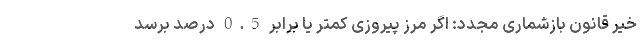
خیر قانون بازشماری مجدد: اگر مرز پیروزی کمتر یا برابر 0.5 درصد برسد